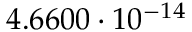
4 . 6 6 0 0 \cdot 1 0 ^ { - 1 4 }